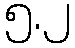
၅.၂